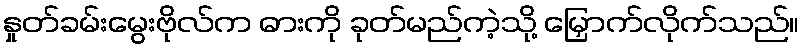
နှုတ်ခမ်းမွေးဗိုလ်က ဓားကို ခုတ်မည်ကဲ့သို့ မြှောက်လိုက်သည်။